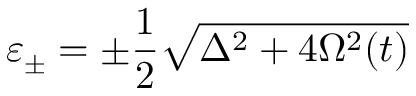
\varepsilon _ { \pm } = \pm \frac { 1 } { 2 } \sqrt { \Delta ^ { 2 } + 4 \Omega ^ { 2 } ( t ) }